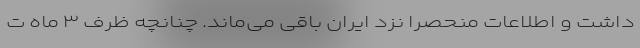
داشت و اطلاعات منحصراً نزد ایران باقی می‌ماند. چنانچه ظرف ۳ ماه ت